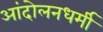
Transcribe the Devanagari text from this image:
आंदोलनधर्मी